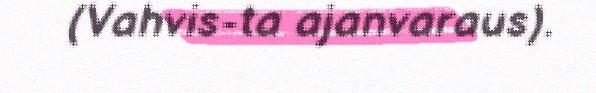
(Vahvis-ta ajanvaraus).